Supplement to the account of plague administration in the Bombay Presidency from September 1896 till May 1897
Year: 1896
Disease focus: Plague
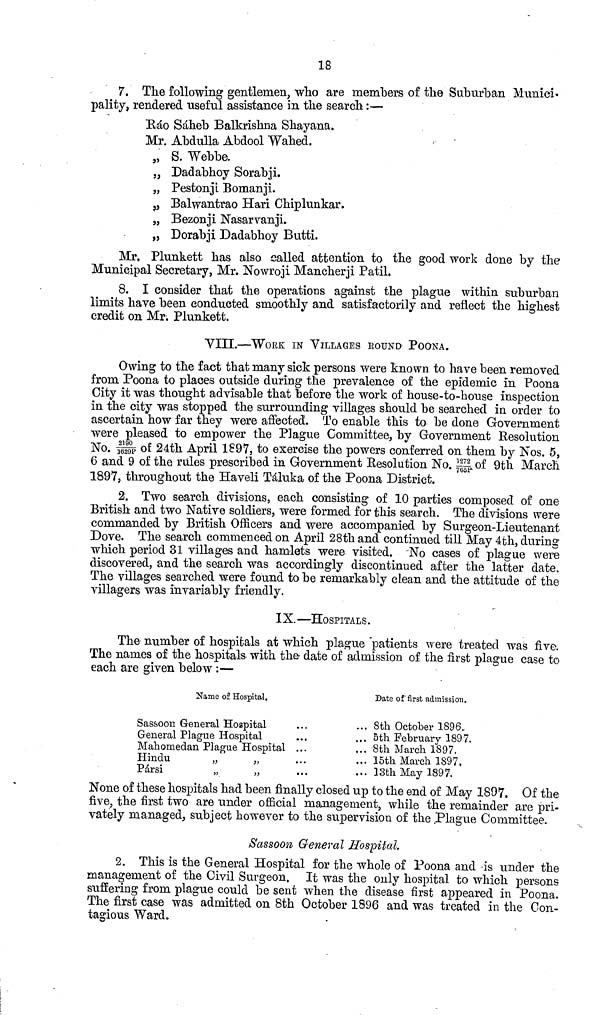
18
7. The following gentlemen, who are members of the Suburban Munici-
pality, rendered useful assistance in the search :—
Ráo Sáheb Balkrishna Shayana.
Mr. Abdulla Abdool Wahed.
„ S. Webbe.
„ Dadabhoy Sorabji.
„ Pestonji Bomanji.
,, Balwantrao Hari Chiplunkar.
„ Bezonji Nasarvanji.
,, Dorabji Dadabhoy Butti.
Mr. Plunkett has also called attention to the good work done by the
Municipal Secretary, Mr. Nowroji Mancherji Patil.
8. I consider that the operations against the plague within suburban
limits have been conducted smoothly and satisfactorily and reflect the highest
credit on Mr. Plunkett.
VΙΠ.—WORK IN VILLAGES BOUND POONA.
Owing to the fact that many sick persons were known to have been removed
from Poona to places outside during the prevalence of the epidemic in Poona
City it was thought advisable that before the work of house-to-house inspection
in the city was stopped the surrounding villages should be searched in order to
ascertain how far they were affected. To enable this to be done Government
were pleased to empower the Plague Committee, by Government Resolution
No. 2190/1629P of 24th April 1897, to exercise the powers conferred on them by Nos. 5,
6 and 9 of the rules prescribed in Government Resolution No. 1272/765P of 9th March
1897, throughout the Haveli Táluka of the Poona District.
2. Two search divisions, each consisting of 10 parties composed of one
British and two Native soldiers, were formed for this search. The divisions were
commanded by British Officers and were accompanied by Surgeon-Lieutenant
Dove. The search commenced on April 28th and continued till May 4th, during
which period 31 villages and hamlets were visited. No cases of plague were
discovered, and the search was accordingly discontinued after the latter date.
The villages searched were found to be remarkably clean and the attitude of the
villagers was invariably friendly.
IX.—HOSPITALS.
The number of hospitals at which plague "patients were treated was five.
The names of the hospitals with the date of admission of the first plague case to
each are given below :—
Name of Hospital.
Sassoon General Hospital
General Plague Hospital
Mahomedan Plague Hospital
Hindu
„
„
Pársi
„
„
...
...
...
...
...
...
...
...
Date of first admission.
8th October 1896.
5th February 1897.
8th March 1897.
15th March 1897.
13th May 1897.
None of these hospitals had been finally closed up to the end of May 1897. Of the
five, the first two are under official management, while the remainder are pri-
vately managed, subject however to the supervision of the Plague Committee.
Sassoon General Hospital.
2. This is the General Hospital for the whole of Poona and -is under the
management of the Civil Surgeon. It was the only hospital to which persons
suffering from plague could be sent when the disease first appeared in Poona.
The first case was admitted on 8th October 1896 and was treated in the Con-
tagious Ward.